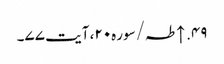
۴۹. ↑ طہ/سوره۲۰، آیت ۷۷۔